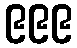
၉၉၉